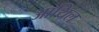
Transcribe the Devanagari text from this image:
आयिल